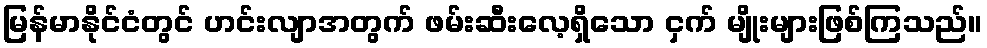
မြန်မာနိုင်ငံတွင် ဟင်းလျာအတွက် ဖမ်းဆီးလေ့ရှိသော ငှက် မျိုးများဖြစ်ကြသည်။